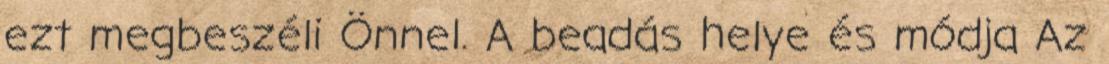
ezt megbeszéli Önnel. A beadás helye és módja Az